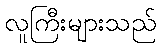
လူကြီးများသည်